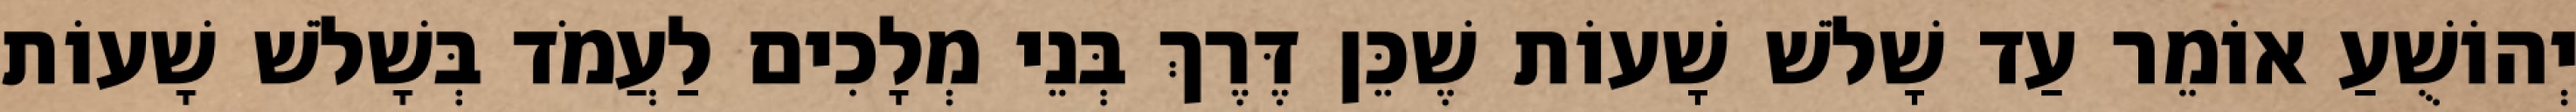
יְהוֹשֻׁעַ אוֹמֵר עַד שָׁלֹשׁ שָׁעוֹת שֶׁכֵּן דֶּרֶךְ בְּנֵי מְלָכִים לַעֲמֹד בְּשָׁלֹשׁ שָׁעוֹת